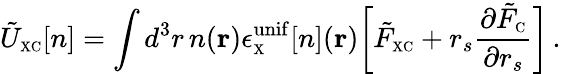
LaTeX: \tilde{U}_{\scriptscriptstyle\mathrm{XC}}[n]=\int d^{3}r\, n({\mathbf r})\epsilon_{\scriptscriptstyle\mathrm{X}}^{\mathrm{unif}}[n]({\mathbf r})\bigg[\tilde{F}_{\scriptscriptstyle\mathrm{XC}}+r_{s}\frac{\partial\tilde{F}_{\scriptscriptstyle\mathrm{C}}}{\partial r_{s}}\bigg]\, .